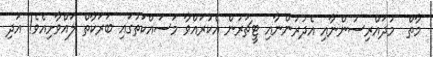
މާތް  މުދައްރިސުންނާއި އެދުރުންނާއި ޓީޗަރުން އެކުރައްވާ މަސައްކަތުގައި ބަރަކާތް ލައްވާށިއެވެ! އަދި